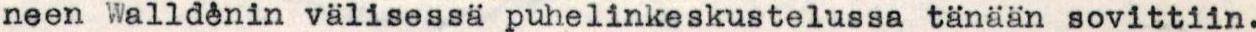
neen Walldenin väisessä puhelinkeskustelussa tänään sovittiin